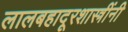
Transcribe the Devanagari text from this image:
लालबहादूरशास्त्रींनी